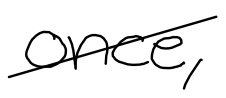
Text: once,
Cross-out: diagonal
Writing tool: digital_black